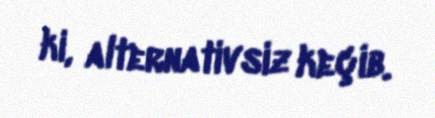
ki, alternativsiz keçib.